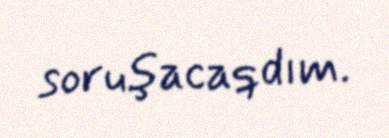
soruşacaqdım.